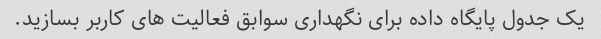
یک جدول پایگاه داده برای نگهداری سوابق فعالیت های کاربر بسازید.